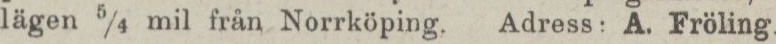
lägen 5/4 mil från Norrköping. Adress: A. Fröling.